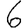
Digit: 6